Civil Veterinary Department Bengal reports 1923-33 - 1923-1933
Year: 1923
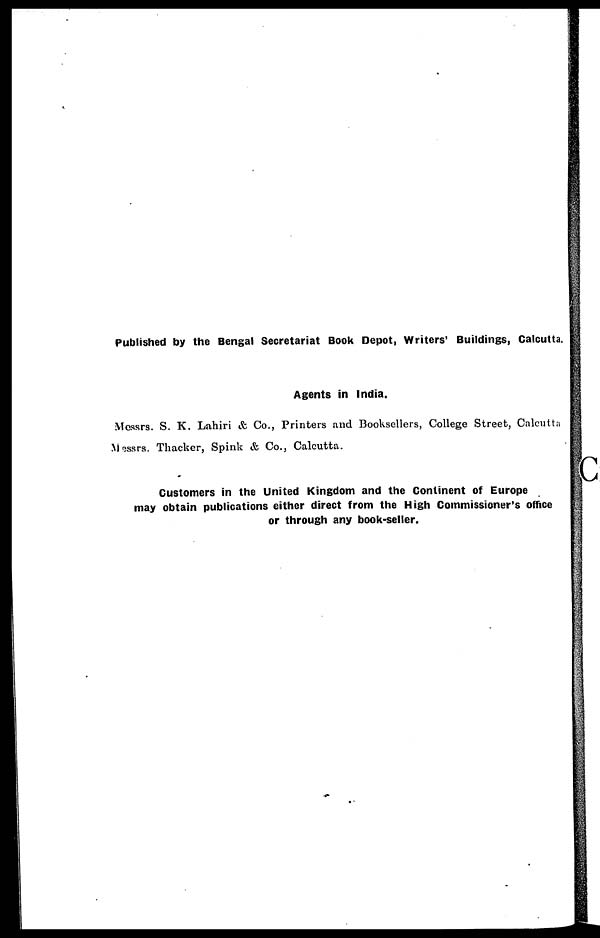
Published by the Bengal Secretariat Book Depot, Writers' Buildings, Calcutta.
Agents in India.
Messrs. S. K. Lahiri & Co., Printers and Booksellers, College Street, Calcutta
Messrs. Thacker, Spink & Co., Calcutta.
Customers in the United Kingdom and the Continent of Europe
may obtain publications either direct from the High Commissioner's office
or through any book-seller.